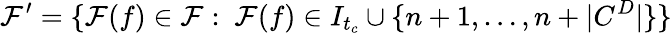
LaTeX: \mathcal{F}^{\prime}=\{ \mathcal{F}(f)\in\mathcal{F}:\ \mathcal{F}(f)\in I_{t_{c}}\cup\{ n+1,\dots,n+|C^{D}|\} \}